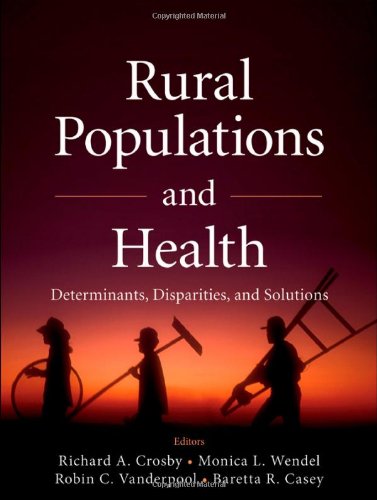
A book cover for Rural Populations and Health: Determinants, Disparities, and Solutions; Richard A. Crosby; Medical Books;